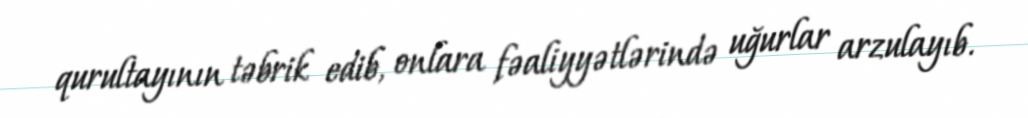
qurultayının təbrik edib, onlara fəaliyyətlərində uğurlar arzulayıb.